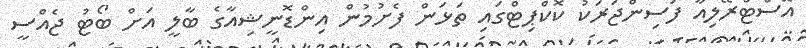
އޮސްޓްރޭލިއާ ފަސިންޖަރަކު ކޮކްޕިޓްގައި ތަޅަން ފެށުމުން އިންޑޮނީޝިއާގެ ބާލީ އަށް ބޯޓު ޖެއްސީ